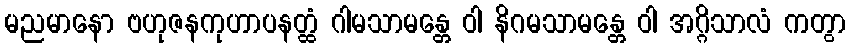
မညမာနော ဗဟုဇနကုဟာပနတ္ထံ ဂါမသာမန္တေ ဝါ နိဂမသာမန္တေ ဝါ အဂ္ဂိသာလံ ကတွာ